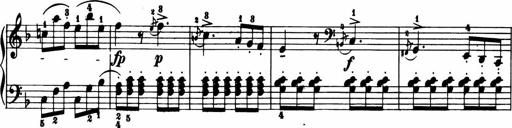
Title: 11 Sonatinas for Piano Solo
Composer: Anton Diabelli